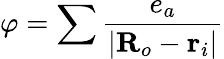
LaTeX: \varphi=\sum\frac{e_{a}}{|\textbf{R}_{o}-\textbf{r}_{i}|}